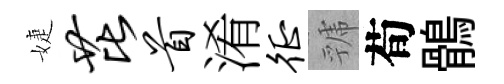
婕芘首淆徵虢荀鶻